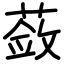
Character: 蔹